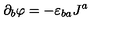
\partial _ { b } \varphi = - \varepsilon _ { b a } J ^ { a }